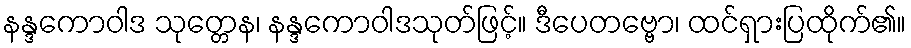
နန္ဒကောဝါဒ သုတ္တေန၊ နန္ဒကောဝါဒသုတ်ဖြင့်။ ဒီပေတဗ္ဗော၊ ထင်ရှားပြထိုက်၏။